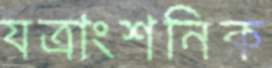
যত্রাংশনিক